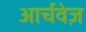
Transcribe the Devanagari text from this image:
आर्चवेज़